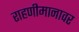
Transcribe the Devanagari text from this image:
राहणीमानावर